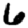
Digit: 6